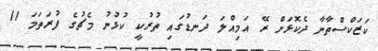
ކަޒަކްސްތާނާ ދެކޮޅަށް ރޭ އަމިއްލަ ދަނޑުގައި ތުރުކީ ކުޅުނު މެޗުގެ ފުރަތަމަ 11